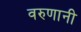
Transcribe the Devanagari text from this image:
वरुणानी